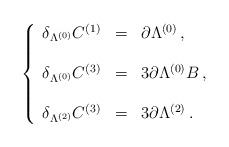
LaTeX: \begin{align*}\left\{\begin{array}{rcl}\delta_{\Lambda^{(0)}} C^{(1)} & = & \partial\Lambda^{(0)}\, ,\\& & \\\delta_{\Lambda^{(0)}} C^{(3)} & = & 3\partial\Lambda^{(0)} B\, ,\\& & \\\delta_{\Lambda^{(2)}} C^{(3)} & = & 3\partial\Lambda^{(2)}\, .\\\end{array}\right.\end{align*}